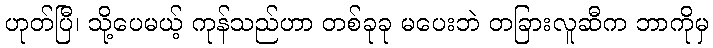
ဟုတ်ပြီ၊ သို့ပေမယ့် ကုန်သည်ဟာ တစ်ခုခု မပေးဘဲ တခြားလူဆီက ဘာကိုမှ